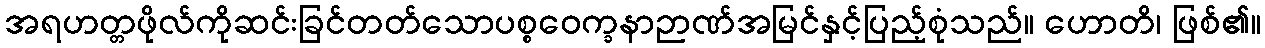
အရဟတ္တဖိုလ်ကိုဆင်းခြင်တတ်သောပစ္စဝေက္ခနာဉာဏ်အမြင်နှင့်ပြည့်စုံသည်။ ဟောတိ၊ ဖြစ်၏။